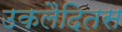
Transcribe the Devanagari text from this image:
उकलैदितस